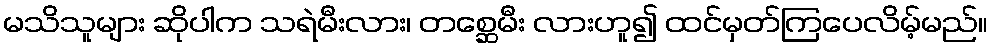
မသိသူများ ဆိုပါက သရဲမီးလား၊ တစ္ဆေမီး လားဟူ၍ ထင်မှတ်ကြပေလိမ့်မည်။